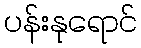
ပန်းနုရောင်